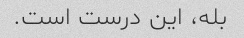
بله، این درست است.